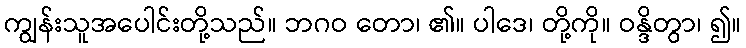
ကျွန်းသူအပေါင်းတို့သည်။ ဘဂဝ တော၊ ၏။ ပါဒေ၊ တို့ကို။ ဝန္ဒိတွာ၊ ၍။